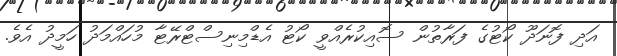
އަދި ފޮނަދޫ ކޯޓުގެ ފަރާތުން ސޮއިކުރެއްވީ ކޯޓު އެޑްމިނިސްޓްރޭޓާ މުހައްމަދު ހަމީދު އެވެ.